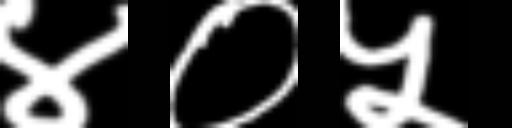
Text: ४०५